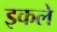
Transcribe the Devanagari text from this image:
इकले